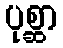
ပုစ္ဆာ